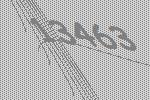
13463